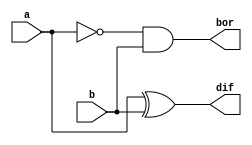
`timescale 1ns / 1ps


module half_subtractor(input a,b,output dif,bor );
assign dif=a^b;
assign bor=~a&b;
endmodule